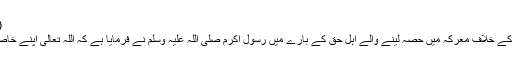
(سنن ابوداود؍2484، سلسلۃ الاحادیث الصحیحۃ؍1959)
دجال کے خلاف لڑنے والے مسلمانوں کی فضیلت:دجال کے خلاف معرکہ میں حصہ لینے والے اہل حق کے بارے میں رسول اکرم صلی اللہ علیہ وسلم نے فرمایا ہے کہ اللہ تعالیٰ اپنے خاص فضل و کرم سے انہیں جہنم کی آگ سے نجات دے گا۔